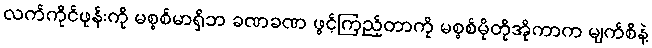
လက်ကိုင်ဖုန်းကို မစ္စစ်မာရှိဘ ခဏခဏ ဖွင့်ကြည့်တာကို မစ္စစ်မိုတိုအိုကာက မျက်စိနဲ့